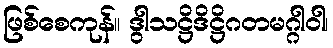
ဖြစ်စေကုန်။ ဒွါသဋ္ဌိဒိဋ္ဌိဂတမဂ္ဂါဝါ၊